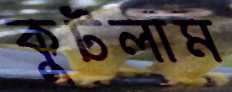
কুটলাম